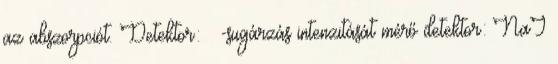
az abszorpciót. Detektor:  -sugárzás intenzitását mérő detektor: NaI